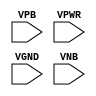
module sky130_fd_sc_hd__tapvgnd2 (
    //# {{power|Power}}
    input VPB ,
    input VPWR,
    input VGND,
    input VNB
);
endmodule